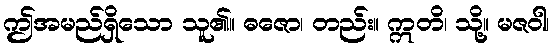
ဤအမည်ရှိသော သူ၏။ ဓဇော၊ တည်း။ ဣတိ၊ သို့။ မဇဝါ၊